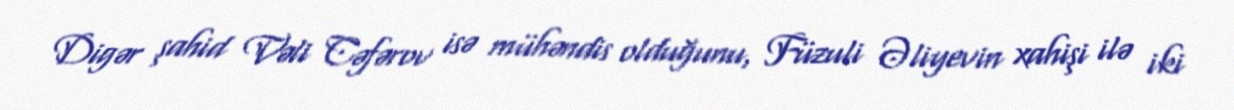
Digər şahid Vəli Cəfərov isə mühəndis olduğunu, Füzuli Əliyevin xahişi ilə iki